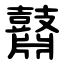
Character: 鼘